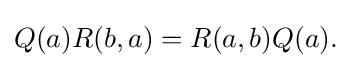
\displaystyle {Q(a)R(b,a)=R(a,b)Q(a).}